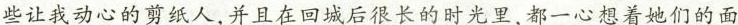
些让我动心的剪纸人，并且在回城后很长的时光里，都一心想着她们的面